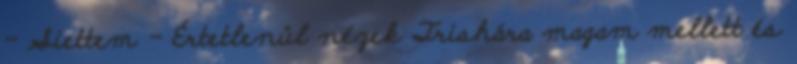
- Siettem - Értetlenül nézek Trishára magam mellett és